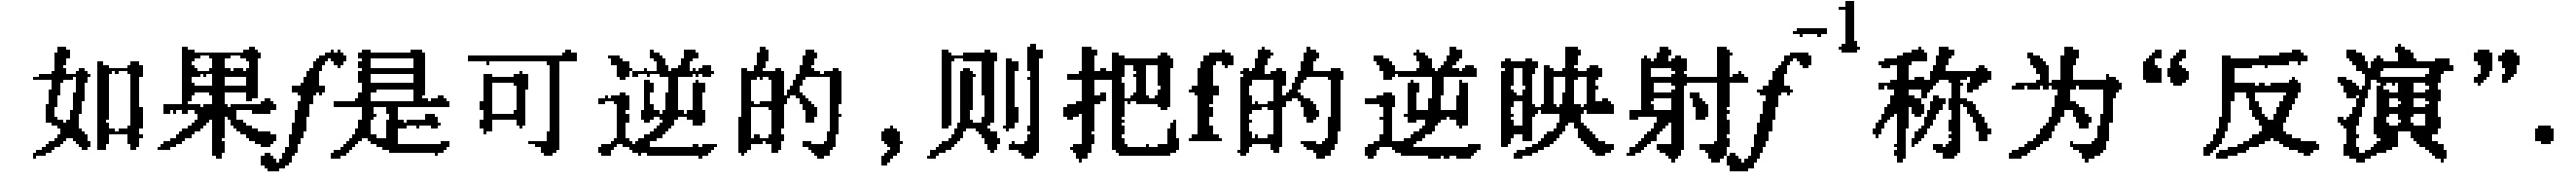
如果\(f\)是可逆的,则把\(f\)的逆映射\(f^{-1}\)称为“反演”.